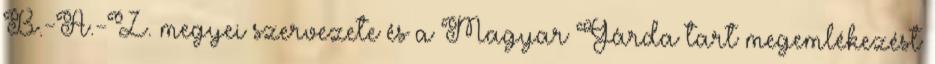
B.-A.-Z. megyei szervezete és a Magyar Gárda tart megemlékezést